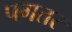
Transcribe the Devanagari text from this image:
पगतर